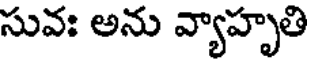
సువః అను వ్యాహృతి